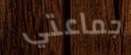
جماعتي